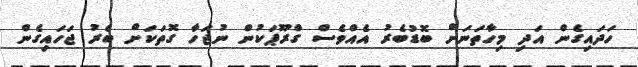
ހަދައިގެން އަދި މިހާތަނަށް ބޮޑުބެރު އެއްވެސް ގްރޫޕަކުން ނުޖަހާ ގޮތަކަށް ބެރު ޖަހައިގެން